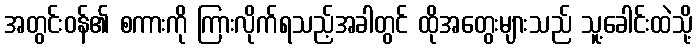
အတွင်းဝန်၏ စကားကို ကြားလိုက်ရသည့်အခါတွင် ထိုအတွေးများသည် သူ့ခေါင်းထဲသို့